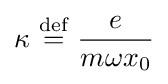
\kappa \ {\stackrel {\text{def}}{=}}\ {\frac {e}{m\omega x_{0}}}